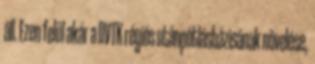
áll. Ezen felül akár a DVTK régiós utánpótlásbázisának növelése,